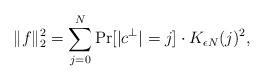
LaTeX: \begin{align*} \|f\|_2^2 = \sum_{j=0}^N \Pr[|c^\perp| = j] \cdot K_{\epsilon N}(j)^2, \end{align*}